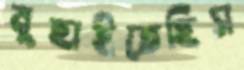
মুছাইতেছিস